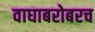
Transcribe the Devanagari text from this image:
वाघाबरोबरच